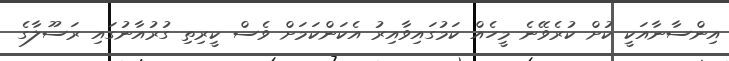
އިންސާނާއަކީ ކުށް ކުރެވޭނެ މީހެއް ކަމުގައިވާއިރު އެކަންކަމަށް ވެސް ކީރިތި ގުރުއާނުގައި ރަސޫލާގެ